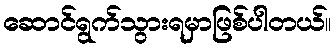
ဆောင်ရွက်သွားရမှာဖြစ်ပါတယ်။